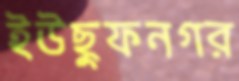
ইউছুফনগর